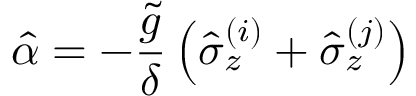
\hat { \alpha } = - \frac { \tilde { g } } { \delta } \left( \hat { \sigma } _ { z } ^ { ( i ) } + \hat { \sigma } _ { z } ^ { ( j ) } \right)